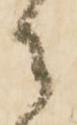
御